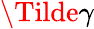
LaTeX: \Tilde{\gamma}